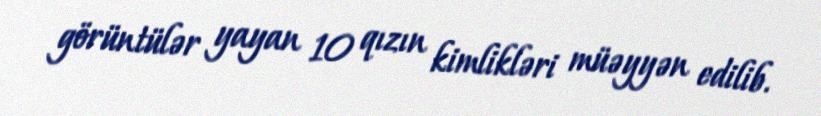
görüntülər yayan 10 qızın kimlikləri müəyyən edilib.